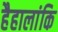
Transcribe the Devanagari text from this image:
हैहालांकि